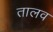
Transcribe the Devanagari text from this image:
तालव